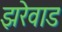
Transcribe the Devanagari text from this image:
झरेवाड